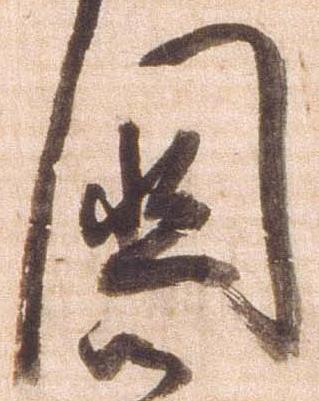
国